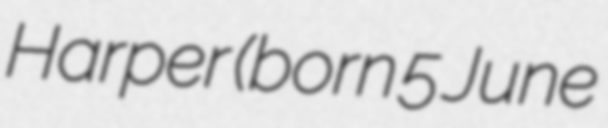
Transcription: Harper (born 5 June